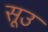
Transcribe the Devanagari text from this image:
सूउ